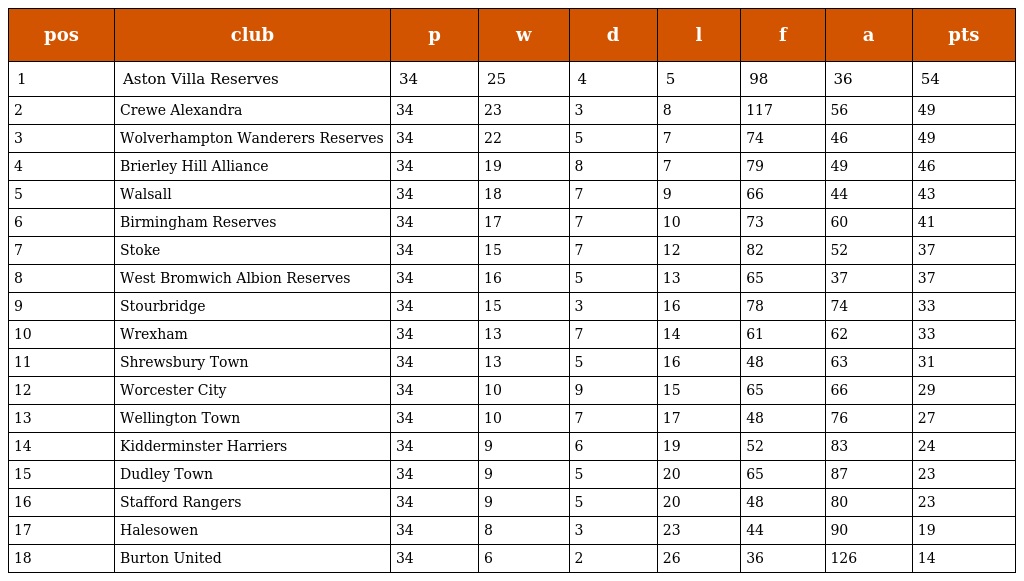
| pos | club | p | w | d | l | f | a | pts |
 | --- | --- | --- | --- | --- | --- | --- | --- | --- |
 | 1 | Aston Villa Reserves | 34 | 25 | 4 | 5 | 98 | 36 | 54 |
 | 2 | Crewe Alexandra | 34 | 23 | 3 | 8 | 117 | 56 | 49 |
 | 3 | Wolverhampton Wanderers Reserves | 34 | 22 | 5 | 7 | 74 | 46 | 49 |
 | 4 | Brierley Hill Alliance | 34 | 19 | 8 | 7 | 79 | 49 | 46 |
 | 5 | Walsall | 34 | 18 | 7 | 9 | 66 | 44 | 43 |
 | 6 | Birmingham Reserves | 34 | 17 | 7 | 10 | 73 | 60 | 41 |
 | 7 | Stoke | 34 | 15 | 7 | 12 | 82 | 52 | 37 |
 | 8 | West Bromwich Albion Reserves | 34 | 16 | 5 | 13 | 65 | 37 | 37 |
 | 9 | Stourbridge | 34 | 15 | 3 | 16 | 78 | 74 | 33 |
 | 10 | Wrexham | 34 | 13 | 7 | 14 | 61 | 62 | 33 |
 | 11 | Shrewsbury Town | 34 | 13 | 5 | 16 | 48 | 63 | 31 |
 | 12 | Worcester City | 34 | 10 | 9 | 15 | 65 | 66 | 29 |
 | 13 | Wellington Town | 34 | 10 | 7 | 17 | 48 | 76 | 27 |
 | 14 | Kidderminster Harriers | 34 | 9 | 6 | 19 | 52 | 83 | 24 |
 | 15 | Dudley Town | 34 | 9 | 5 | 20 | 65 | 87 | 23 |
 | 16 | Stafford Rangers | 34 | 9 | 5 | 20 | 48 | 80 | 23 |
 | 17 | Halesowen | 34 | 8 | 3 | 23 | 44 | 90 | 19 |
 | 18 | Burton United | 34 | 6 | 2 | 26 | 36 | 126 | 14 |